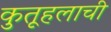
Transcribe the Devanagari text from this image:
कुतूहलाची